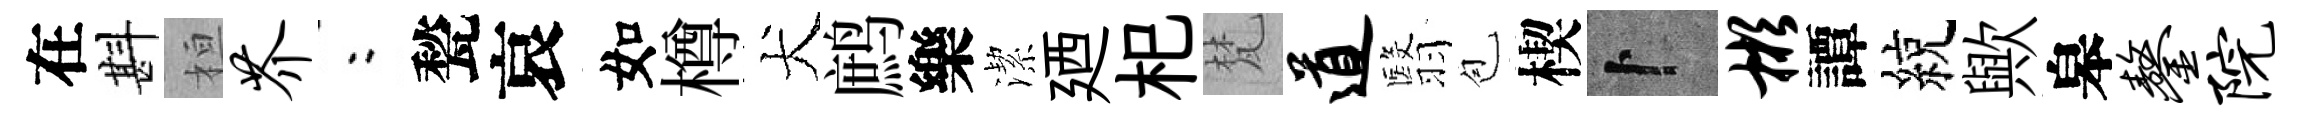
在斟桓芥欸甃哀如樽犬鹧樂潔廼𣏌梵道翳苞楔卜彬譚綂歟皋鏊院